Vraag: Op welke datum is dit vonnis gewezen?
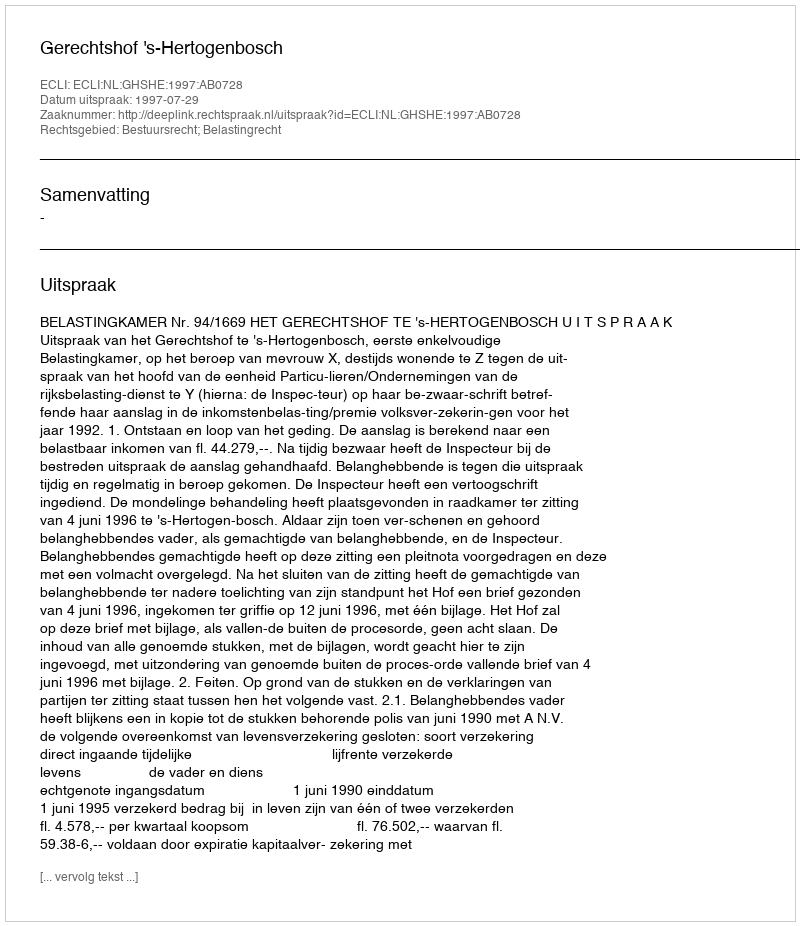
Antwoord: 1997-07-29